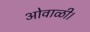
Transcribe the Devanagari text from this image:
ओवाळी।